Civil Veterinary Department. United Provinces 1923-31 - 1923-1931
Year: 1923
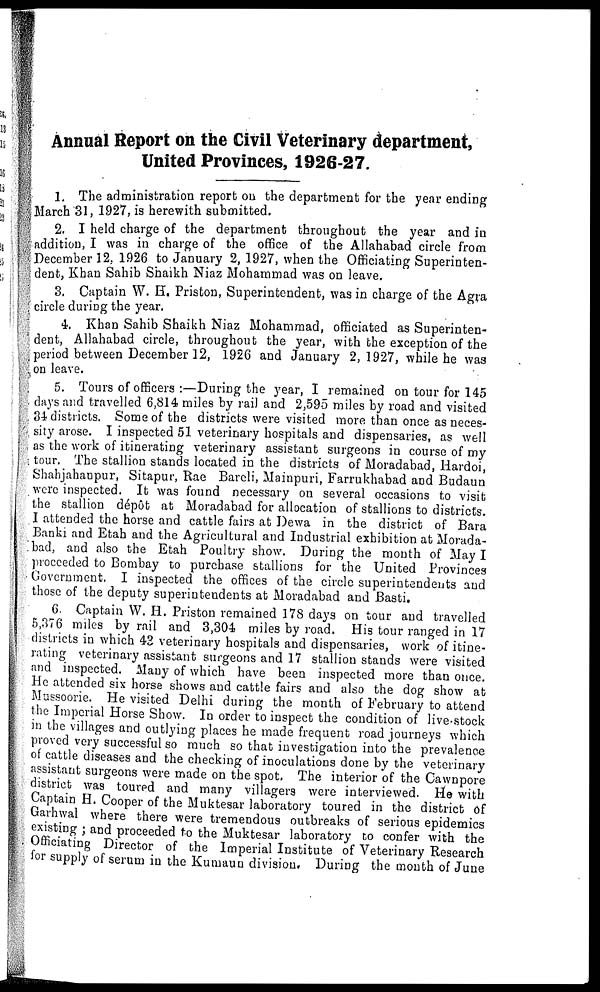
Annual Report on the Civil Veterinary department,
United Provinces, 1926-27.
1. The administration report on the department for the year ending
March 31, 1927, is herewith submitted.
2. I held charge of the department throughout the year and in
addition, I was in charge of the office of the Allahabad circle from
December 12, 1926 to January 2, 1927, when the Officiating Superinten-
dent, Khan Sahib Shaikh Niaz Mohammad was on leave.
3. Captain W. H. Priston, Superintendent, was in charge of the Agra
circle during the year.
4. Khan Sahib Shaikh Niaz Mohammad, officiated as Superinten-
dent, Allahabad circle, throughout the year, with the exception of the
period between December 12, 1926 and January 2,1927, while he wa3
on leave.
5. Tours of officers :—During the year, I remained on tour for 145
days and travelled 6,814 miles by rail and 2,595 miles by road and visited
34 districts. Some of the districts were visited more than once as neces-
sity arose. I inspected 51 veterinary hospitals and dispensaries, as well
as the work of itinerating veterinary assistant surgeons in course of my
tour, The stallion stands located in the districts of Moradabad, Hardoi,
Shahjahanpur, Sitapur, Rae Bareli, Mainpuri, Farrukhabad and Budaun
were inspected. It was found necessary on several occasions to visit
the stallion depot at Moradabad for allocation of stallions to districts.
I attended the horse and cattle fairs at Dewa in the district of Bara
Banki and Etah and the Agricultural and Industrial exhibition at Morada-
bad, and also the Etah Poultry show. During the month of May I
proceeded to Bombay to purchase stallions for the United Provinces
Government. I inspected the offices of the circle superintendents and
those of the deputy superintendents at Moradabad and Basti.
6. Captain W. H. Priston remained 3 78 days on tour and travelled
5,376 miles by rail and 3,304 miles by road. His tour ranged in 17
districts in which 43 veterinary hospitals and dispensaries, work of itine-
rating veterinary assistant surgeons and 17 stallion stands were visited
and inspected. Many of which have been inspected more than once.
He attended six horse shows and cattle fairs and also the dog show at
Mussoorie. He visited Delhi during the month of February to attend
the Imperial Horse Show. In order to inspect the condition of live.stock
in the villages and outlying places he made frequent road journeys which
proved very successful so much so that investigation into the prevalence
of cattle diseases and the checking of inoculations done by the veterinary
assistant surgeons were made on the spot, The interior of the Cawnpore
district was toured and many villagers were interviewed. He with
Captain H. Cooper of the Muktesar laboratory toured in the district of
Garhwal where there were tremendous outbreaks of serious epidemics
existing ; and proceeded to the Muktesar laboratory to confer with the
Officiating Director of the Imperial Institute of Veterinary Research
for supply of serum in the Kumaun division. During the month of June